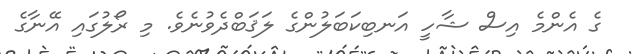
ގެ އެންމެ އިސް ޝާހީ އަނބިކަބަލުންގެ ލަޤަބްދެވުނެވެ. މި ރޯލުގައި އޭނާގެ